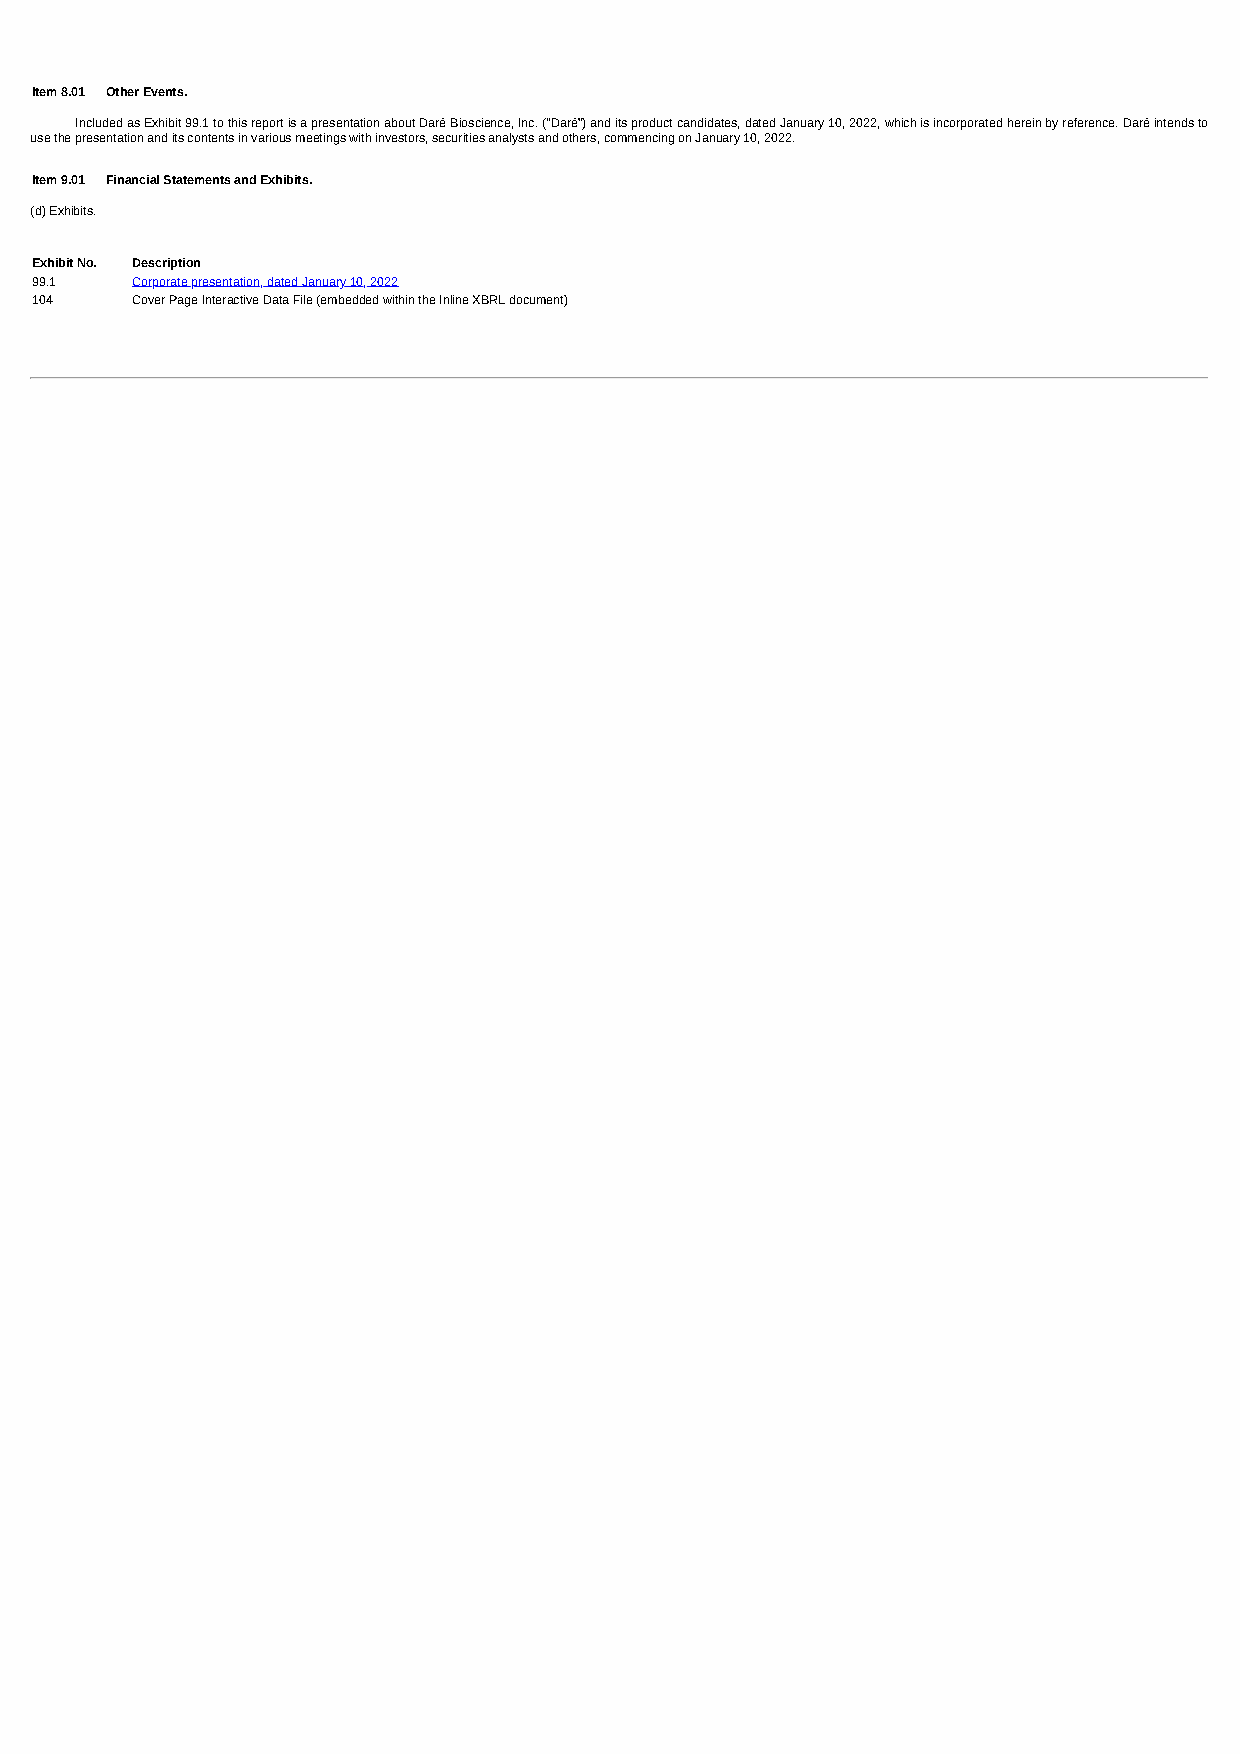
Item 8.01 Other Events.
 Included as Exhibit 99.1 to this report is a presentation about Daré Bioscience, Inc. ("Daré”) and its product candidates, dated January 10, 2022, which is incorporated herein by reference. Daré intends to
 use the presentation and its contents in various meetings with investors, securities analysts and others, commencing on January 10, 2022.
 Item 9.01 Financial Statements and Exhibits.
 (d) Exhibits.
 Exhibit No. Description
 99.1   Corporate presentation, dated January 10, 2022
 104    Cover Page Interactive Data File (embedded within the Inline XBRL document)